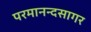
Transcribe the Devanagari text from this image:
परमानन्दसागर